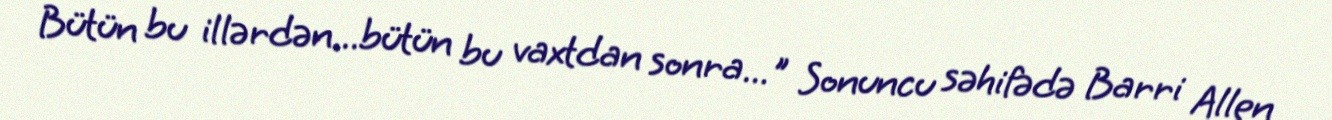
Bütün bu illərdən...bütün bu vaxtdan sonra..." Sonuncu səhifədə Barri Allen